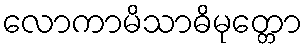
လောကာမိသာဓိမုတ္တော